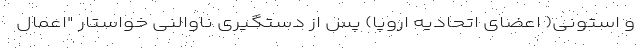
و استونی( اعضای اتحادیه اروپا) پس از دستگیری ناوالنی خواستار "اعمال